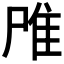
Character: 𨾋